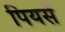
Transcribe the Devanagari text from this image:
पियर्सें